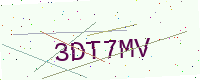
Text: 3DT7MV